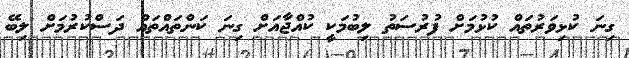
ގިނަ ކުޅިވަރުތައް ކުޅުމަށް ފުރުސަތު ލިބުމަކީ ކުއްޖާއަށް ގިނަ ކަންތައްތައް ދަސްކުރުމަށް ލިބޭ